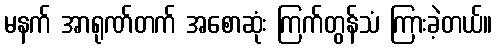
မနက် အာရုဏ်တက် အစောဆုံး ကြက်တွန်သံ ကြားခဲ့တယ်။